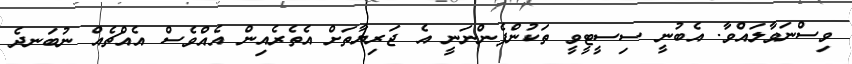
ވިސްނަވާލައްވާ. އެބުނީ ސިސީޓީވީ ތަކުންފެންނަނީ އެ ޖަރިޔާތަށް އެތެރެއިން އެއްވެސް އެއްޗެއް ނުބަނދެ